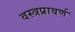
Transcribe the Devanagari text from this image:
वस्त्रप्रावर्ण